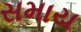
સમાય